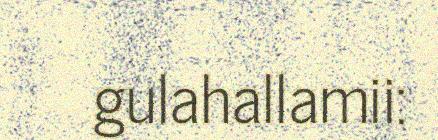
gulahallamii: